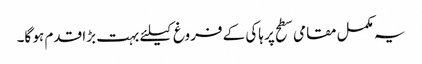
یہ مکمل مقامی سطح پر ہاکی کے فروغ کیلئے بہت بڑا قدم ہو گا۔